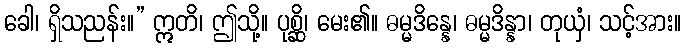
ခေါ၊ ရှိသညန်း။” ဣတိ၊ ဤသို့။ ပုစ္ဆိ၊ မေး၏။ ဓမ္မဒိန္နေ၊ ဓမ္မဒိန္နာ၊ တုယှံ၊ သင့်အား။